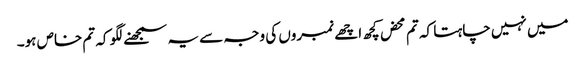
میں نہیں چاہتا کہ تم محض کچھ اچھے نمبروں کی وجہ سے یہ سمجھنے لگو کہ تم خاص ہو۔